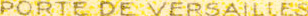
PORTE DE VERSAILIES